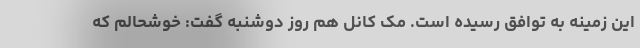
این زمینه به توافق رسیده است. مک کانل هم روز دوشنبه گفت: خوشحالم که